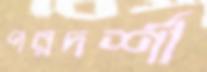
পরদর্শী